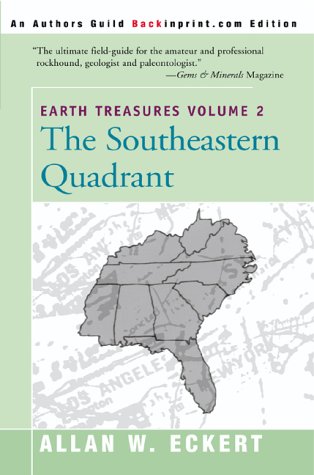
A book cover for Earth Treasures Volume 2: The Southeastern Quadrant (Earth Treasures (Back in Print)); Allan W. Eckert; Sports & Outdoors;